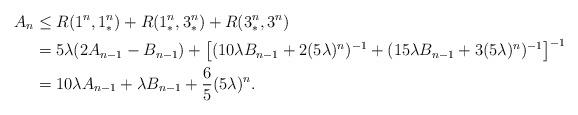
LaTeX: \begin{align*}A_n &\leq R(1^n,1^n_*)+R(1^n_*,3^n_*)+R(3^n_*,3^n) \\&= 5\lambda(2A_{n-1}-B_{n-1})+\left[(10\lambda B_{n-1}+2(5\lambda)^n)^{-1}+(15\lambda B_{n-1}+3(5\lambda)^n)^{-1}\right]^{-1} \\&= 10\lambda A_{n-1}+\lambda B_{n-1}+\frac 65(5\lambda)^n.\end{align*}